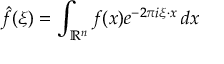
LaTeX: { \hat { f } } ( \xi ) = \int _ { \mathbb { R } ^ { n } } f ( x ) e ^ { - 2 \pi i \xi \cdot x } \, d x